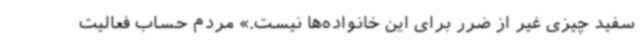
سفید چیزی غیر از ضرر برای این خانواده‌ها نیست.» مردم حساب فعالیت